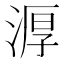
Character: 㴟